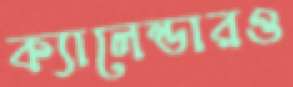
ক্যালেন্ডারও